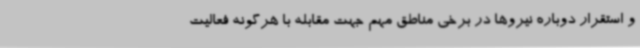
و استقرار دوباره نیروها در برخی مناطق مهم جهت مقابله با هرگونه فعالیت